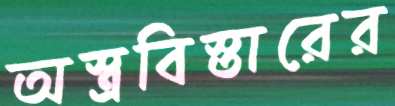
অস্ত্রবিস্তারের